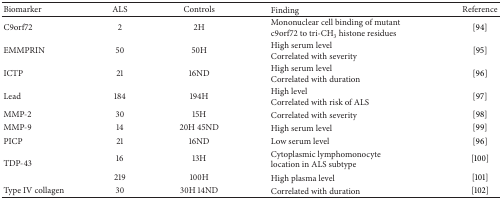
| Biomarker | ALS | Controls | Finding | Reference |
 | --- | --- | --- | --- | --- |
 | C9orf72 | 2 | 2H | Mononuclear cell binding of mutant c9orf72 to tri-CH3 histone residues | [94] |
 | EMMPRIN | 50 | 50H | High serum levelCorrelated with severity | [95] |
 | ICTP | 21 | 16ND | High serum levelCorrelated with duration | [96] |
 | Lead | 184 | 194H | High levelCorrelated with risk of ALS | [97] |
 | MMP-2 | 30 | 15H | Correlated with severity | [98] |
 | MMP-9 | 14 | 20H 45ND | High serum level | [99] |
 | PICP | 21 | 16ND | Low serum level | [96] |
 | <ROWSPAN=2> TDP-43 | 16 | 13H | Cytoplasmic lymphomonocyte location in ALS subtype | [100] |
 | 219 | 100H | High plasma level | [101] |
 | Type IV collagen | 30 | 30H 14ND | Correlated with duration | [102] |